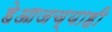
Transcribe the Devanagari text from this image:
हेआजच्याही